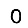
Digit: 0